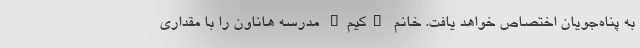
به پناه‌جویان اختصاص خواهد یافت. خانم "کیم" مدرسه هاناون را با مقداری